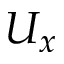
U _ { x }